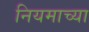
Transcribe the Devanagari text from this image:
नियमाच्या